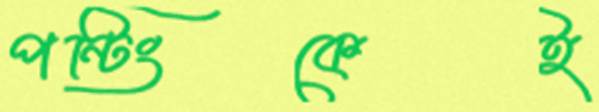
পন্টিংকেই